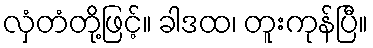
လှံတံတို့ဖြင့်။ ခါဒထ၊ တူးကုန်ပြီ။